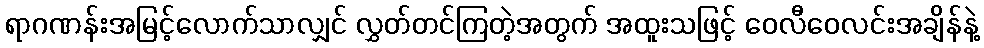
ရာဂဏန်းအမြင့်လောက်သာလျှင် လွှတ်တင်ကြတဲ့အတွက် အထူးသဖြင့် ဝေလီဝေလင်းအချိန်နဲ့